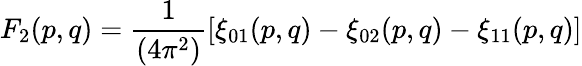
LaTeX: F_{2}(p,q)={\frac{1}{(4\pi^{2})}}[\xi_{01}(p,q)-\xi_{02}(p,q)-\xi_{11}(p,q)]